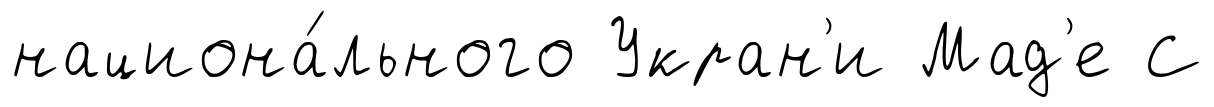
национа́льного Укран'и Мад'е С